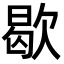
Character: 歇